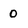
Character: 0